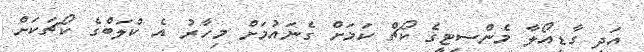
އަދި ގާޑިއޯލާ މެންސިޓީގެ ކޯޗް ކަމަށް ގެނައުމަށް މިހާރު އެ ކްލަބްގެ ކޯޗަކަށް